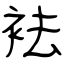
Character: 袪